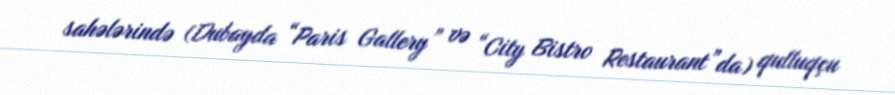
sahələrində (Dubayda “Paris Gallery” və “City Bistro Restaurant”da) qulluqçu